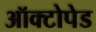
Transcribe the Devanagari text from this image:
ऑक्टोपेड